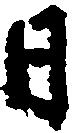
日